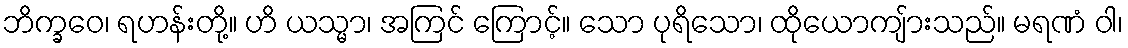
ဘိက္ခဝေ၊ ရဟန်းတို့။ ဟိ ယသ္မာ၊ အကြင် ကြောင့်။ သော ပုရိသော၊ ထိုယောကျ်ားသည်။ မရဏံ ဝါ၊